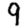
Digit: 9